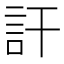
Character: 訐